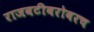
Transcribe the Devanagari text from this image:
राजवटीबरोबरच